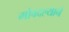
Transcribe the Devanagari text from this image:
मोबदल्याने